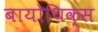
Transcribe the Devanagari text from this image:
बायोथिक्स